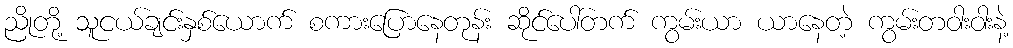
ညိုတို့ သူငယ်ချင်းနှစ်ယောက် စကားပြောနေတုန်း ဆိုင်ပေါ်တက် ကွမ်းယာ ယာနေတဲ့ ကွမ်းတဝါးဝါးနဲ့